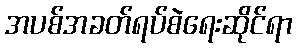
အပစ်အခတ်ရပ်စဲရေးဆိုင်ရာ